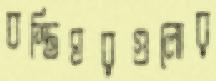
বস্তিঘরগুলোর